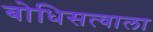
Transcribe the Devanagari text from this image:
बोधिसत्वाला